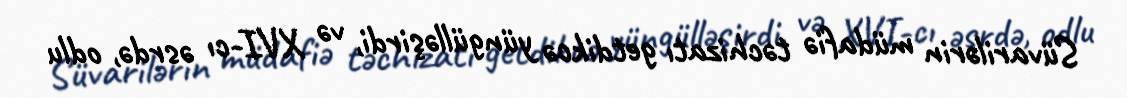
Süvarilərin müdafiə təchizatı getdikcə yüngülləşirdi, və XVI-cı əsrdə, odlu